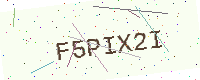
Text: F5PIX2I